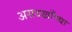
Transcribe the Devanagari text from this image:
असदखाँच्या